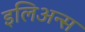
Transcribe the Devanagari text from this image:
इलिअन्स